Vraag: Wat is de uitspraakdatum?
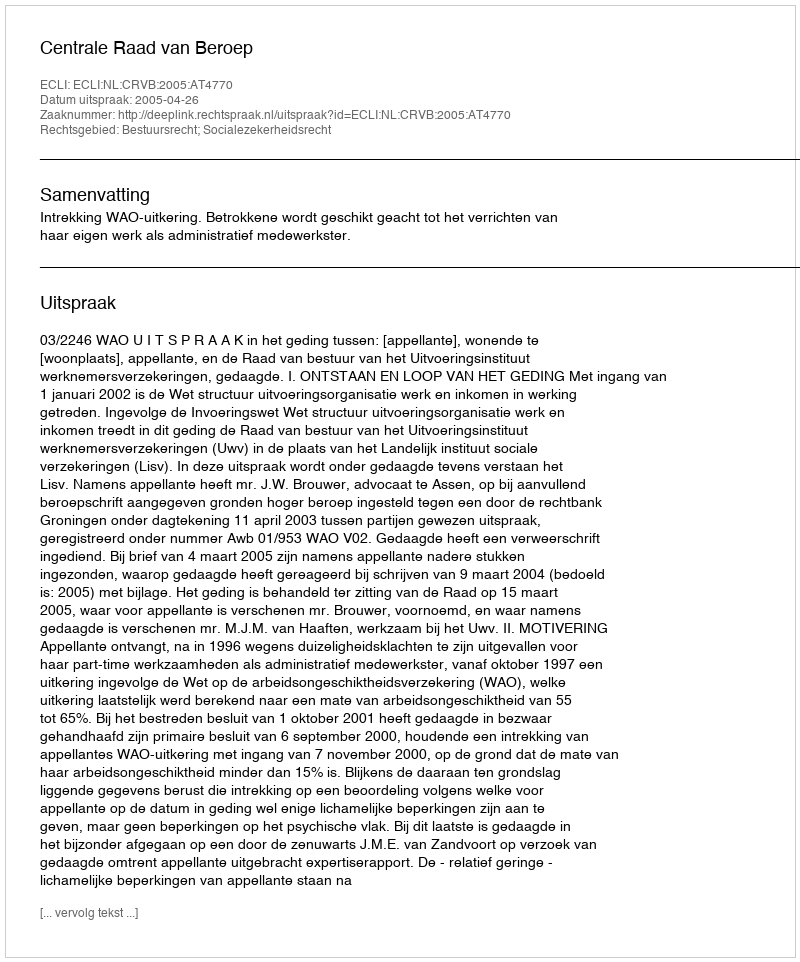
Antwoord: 2005-04-26